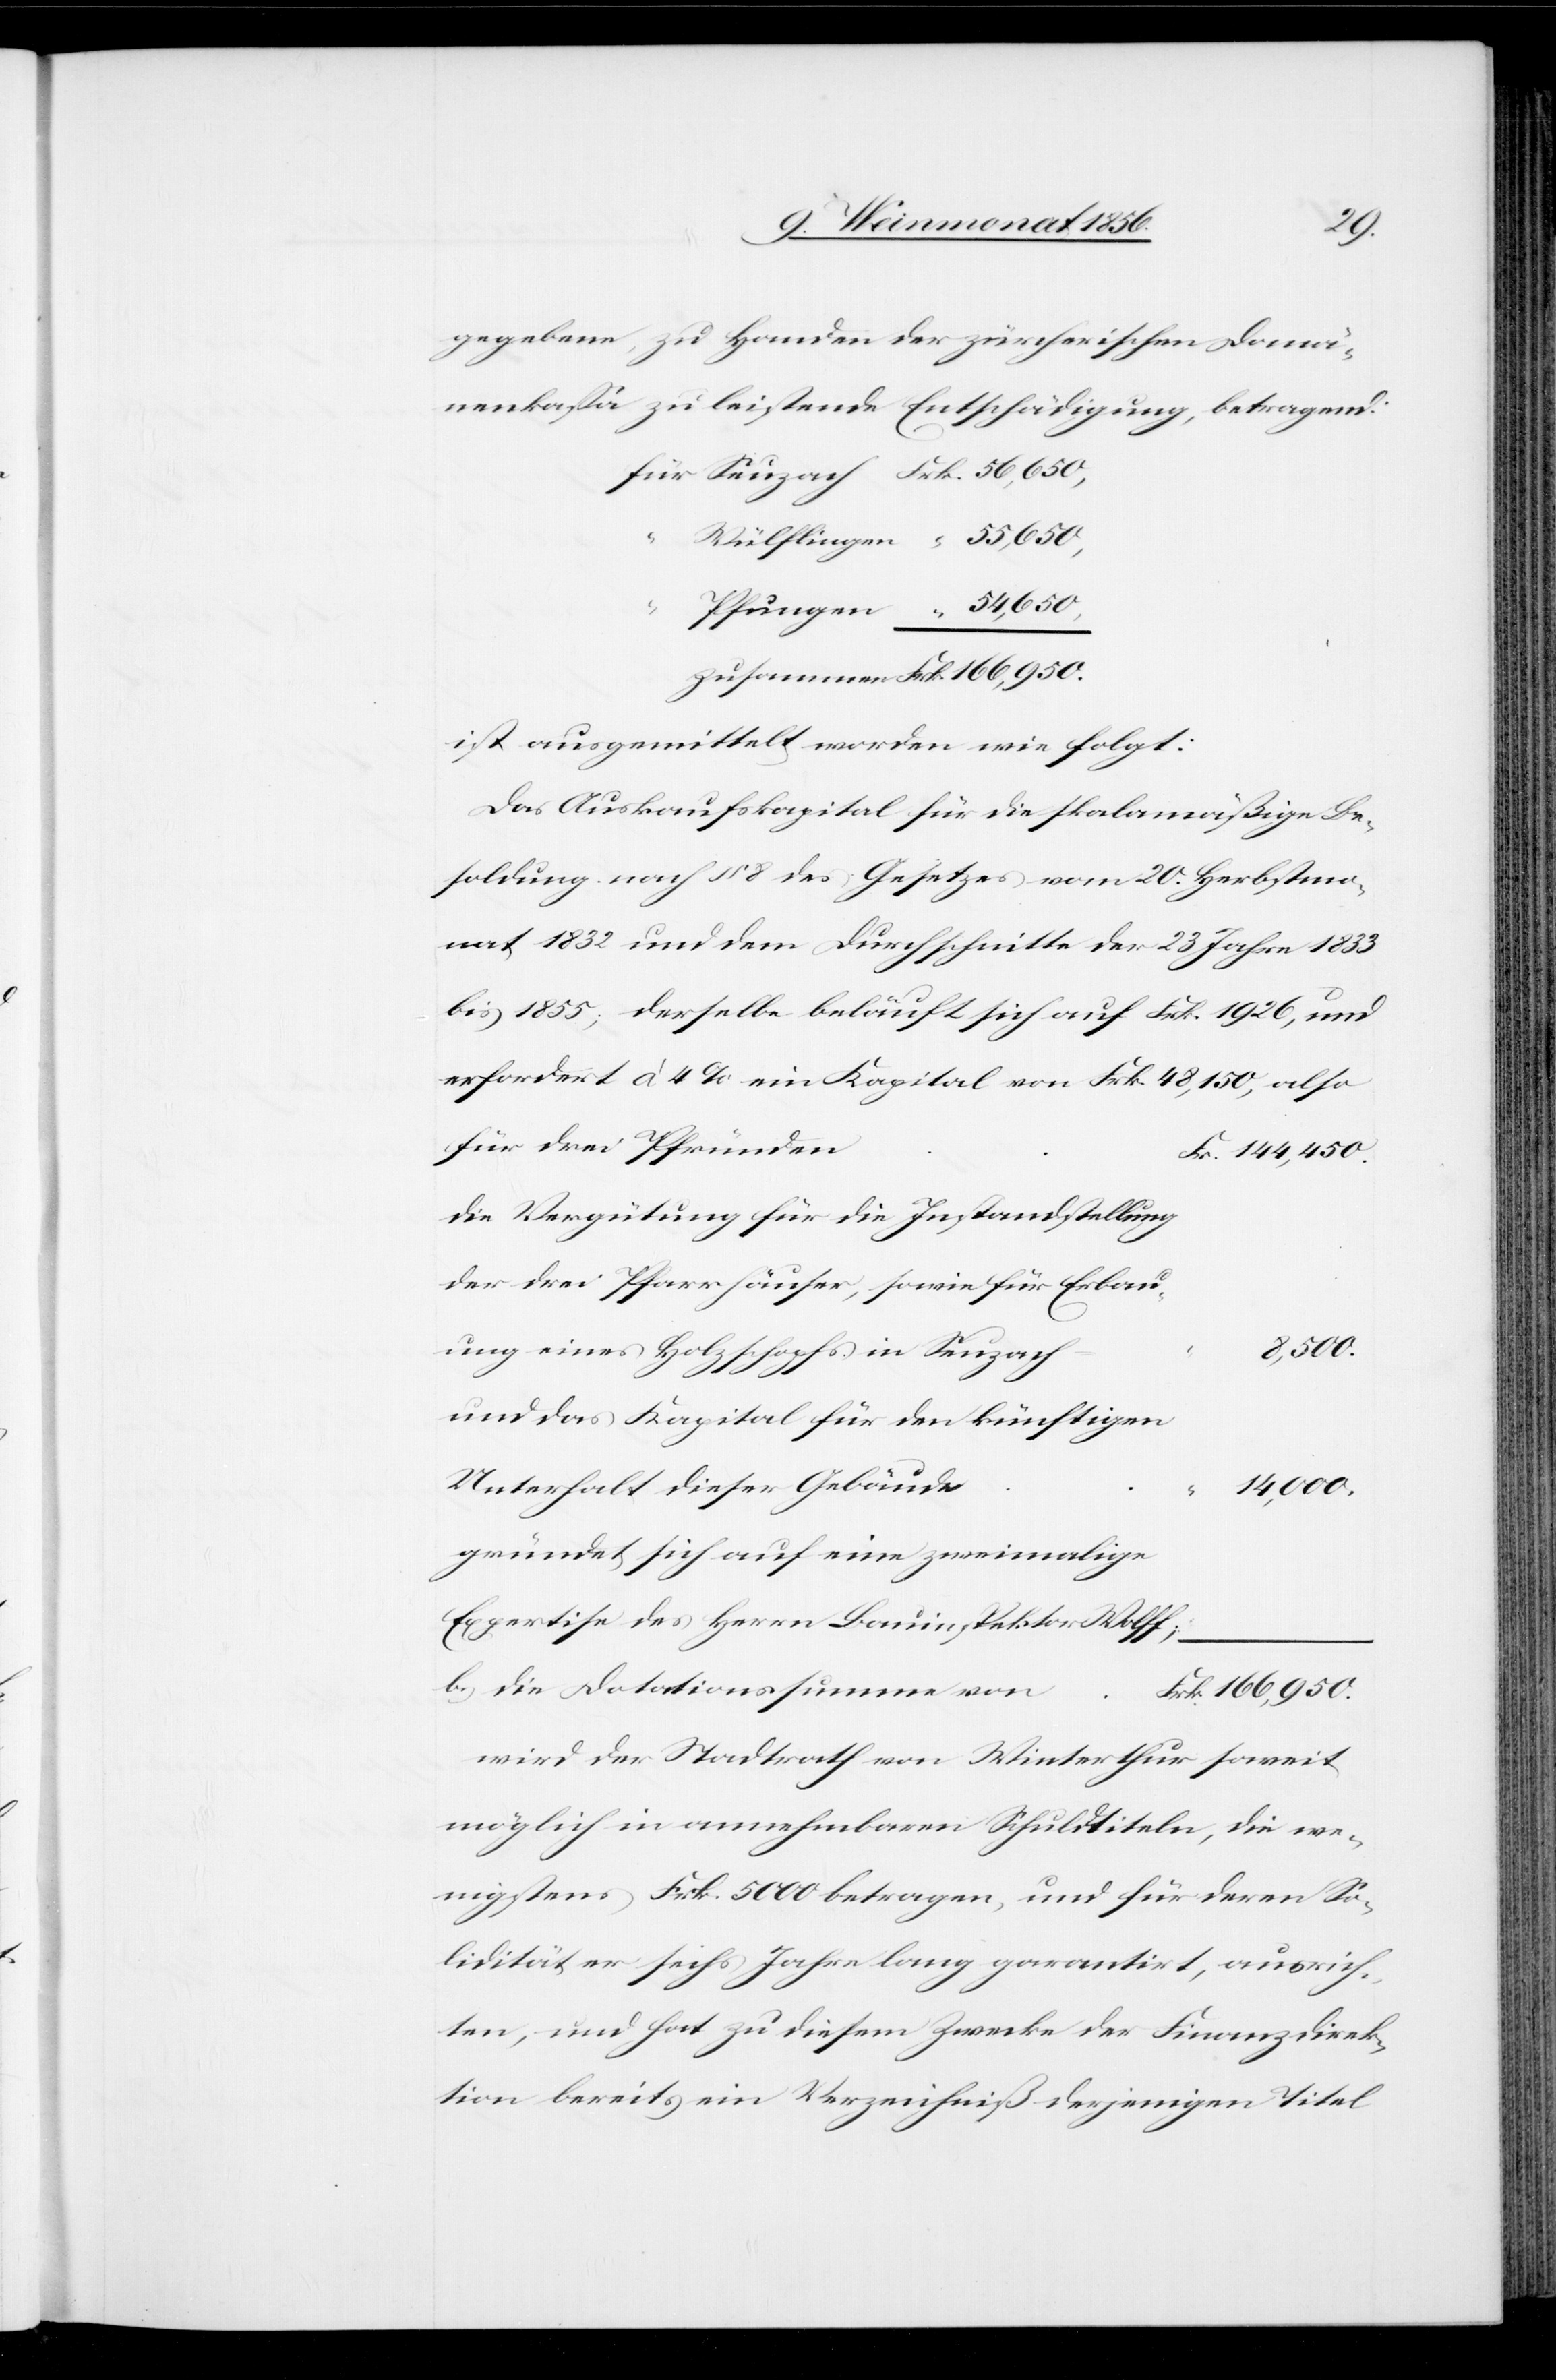
gegebene, zu Handen der zürcherischen Domä¬
nenkassa zu leistende Entschädigung, betragend:
für Seuzach		Frk. 56,650,
Wülflingen	 “ 55,650,
Pfungen		 “ 54,650,
zusammen	 Frk. 166,950.
ist ausgemittelt worden wie folgt:
Das Auskaufskapital für die skalamäßige Be¬
soldung nach § 8 des Gesetzes vom 20. Herbstmo¬
nat 1832 und dem Durchschnitte der 23 Jahre 1833
bis 1855; derselbe beläuft sich auf Frk. 1926, und
erfordert à 4% ein Kapital von Frk. 48,150, also
für drei Pfründen
die Vergütung für die Instandstellung
der drei Pfarrhäuser, sowie für Erbau¬
ung eines Holzschopfs in Seuzach
8,500.
und das Kapital für den künftigen
Unterhalt dieser Gebäude
14,000.
gründet sich auf eine zweimalige
Expertise des Herrn Bauinspektor Wolff;
b.) die Dotationssumme von
wird der Stadtrath von Winterthur soweit
möglich in annehmbaren Schuldtiteln, die we¬
nigstens Frk. 5000 betragen, und für deren So¬
lidität er sechs Jahre lang garantirt, ausrich¬
ten, und hat zu diesem Zwecke der Finanzdirek¬
tion bereits ein Verzeichniß derjenigen Titel